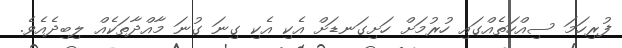
ފުރިހަމަ ސިއްހަތެއްގައި ހުރުމަށް ހަށިގަނޑަށް އެކި އެކި ގިނަ ގުނަ މާއްދާތަކެއް ލިބިދެއެވެ.